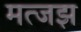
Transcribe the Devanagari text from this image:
मत्जझ